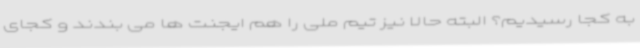
به کجا رسیدیم؟ البته حالا نیز تیم ملی را هم ایجنت ها می بندند و کجای